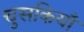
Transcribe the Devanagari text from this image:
चुसकियाँ